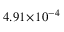
4 . 9 1 \! \times \! 1 0 ^ { - 4 }